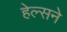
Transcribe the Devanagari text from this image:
हेल्सने